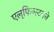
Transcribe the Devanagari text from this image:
एल्‌फिन्स्टनने